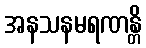
အနသနမရဏန္တိ